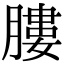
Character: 膢